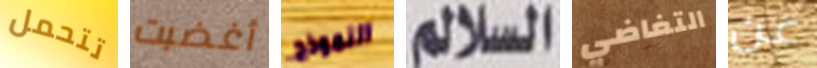
تتحمل أغضبت النموذج السلالم التغاضي عن